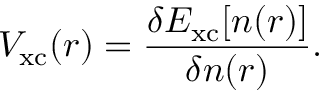
V _ { \mathrm { x c } } ( \ensuremath { \boldsymbol { r } } ) = \frac { \delta E _ { \mathrm { x c } } [ n ( \ensuremath { \boldsymbol { r } } ) ] } { \delta n ( \ensuremath { \boldsymbol { r } } ) } .